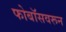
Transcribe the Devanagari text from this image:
फोबॉसवरून